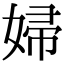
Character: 婦